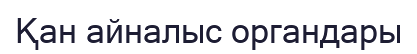
Қан айналыс органдары